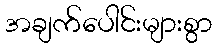
အချက်ပေါင်းများစွာ